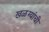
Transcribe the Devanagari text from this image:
खळग्यांची